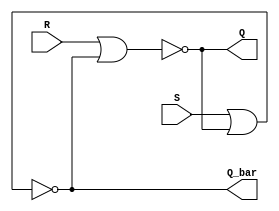
`ifndef S_R_LATCH_V
`define S_R_LATCH_V
module s_r_latch(
    input wire R, S,
    output wire Q, Q_bar
);
    assign Q = ~(R | Q_bar);
    assign Q_bar = ~(S | Q);
endmodule

module s_r_latch_neg_or(
    input wire R, S,
    output wire Q, Q_bar
);
    assign Q = ((~R) | (~Q_bar));
    assign Q_bar = ((~S) | (~Q));

endmodule


// set S = 1, R = 0
// reset R = 1, S = 0
`endif